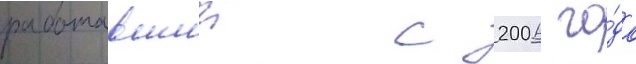
работавшии с 2006 го́да